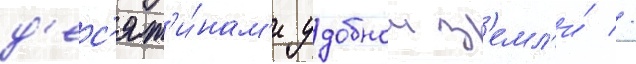
д'ес'ят'и́нам'и удобнои з'емл'и́ //